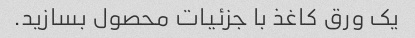
یک ورق کاغذ با جزئیات محصول بسازید.